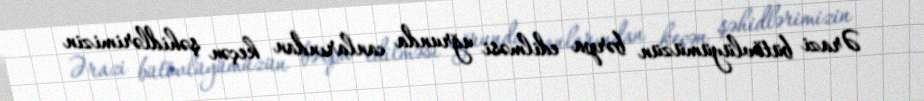
Ərazi bütövlüyümüzün bərpa edilməsi uğrunda canlarından keçən şəhidlərimizin